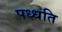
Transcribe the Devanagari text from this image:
पध्धति